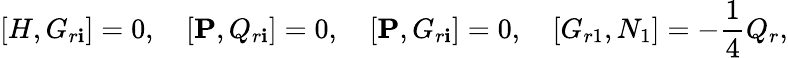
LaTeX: \lbrack{H,G_{r\mathbf{i}}}\rbrack=0,\quad\lbrack{{\mathbf{P}},Q_{r\mathbf{i}}}\rbrack=0,\quad\lbrack{{\mathbf{P}},G_{r\mathbf{i}}}\rbrack=0,\quad\lbrack{G_{r1},N_{1}}\rbrack=-\frac{{1}}{{4}}Q_{r},